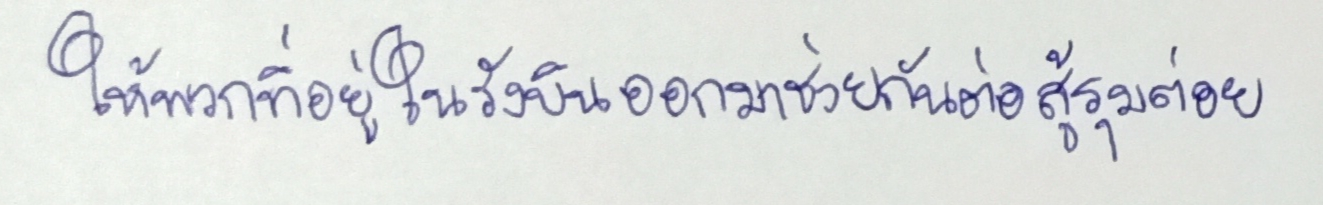
ให้พวกที่อยู่ในรังบินออกมาช่วยกันต่อสู้รุมต่อย